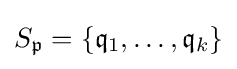
S_{\mathfrak {p}}=\{{\mathfrak {q}}_{1},\ldots ,{\mathfrak {q}}_{k}\}